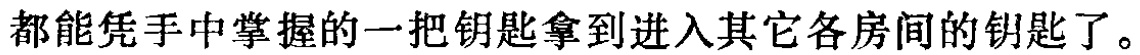
都能凭手中掌握的一把钥匙拿到进入其它各房间的钥匙了。